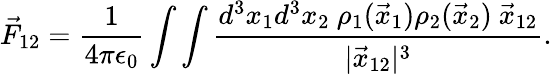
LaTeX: \vec{F}_{12}=\frac{1}{4\pi\epsilon_{0}}\int\int\frac{d^{3}x_{1}d^{3}x_{2}\ \rho_{1}(\vec{x}_{1})\rho_{2}(\vec{x}_{2})\ \vec{x}_{12}}{|\vec{x}_{12}|^{3}}.